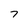
Character: 7